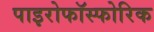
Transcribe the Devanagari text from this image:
पाइरोफॉस्फोरिक